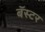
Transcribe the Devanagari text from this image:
बॅस्टर